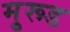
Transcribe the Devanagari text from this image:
मु्रूड